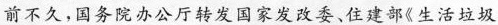
前不久，国务院办公厅转发国家发政委顿号住建部《生活垃圾